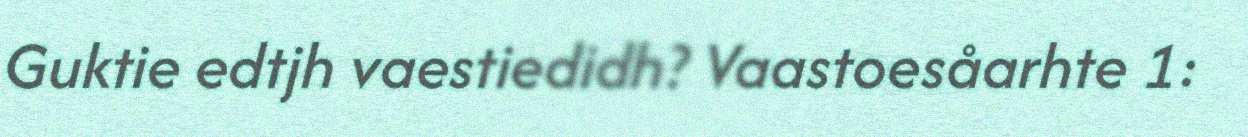
Guktie edtjh vaestiedidh? Vaastoesåarhte 1: